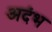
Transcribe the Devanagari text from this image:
अदंभ